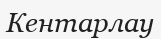
Кентарлау